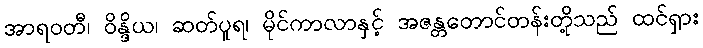
အာရဝတီ၊ ဝိန္ဒိယ၊ ဆတ်ပူရ၊ မိုင်ကာလာနှင့် အဇန္တတောင်တန်းတို့သည် ထင်ရှား